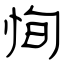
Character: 恂